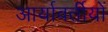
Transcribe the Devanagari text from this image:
आर्यावर्तीयों